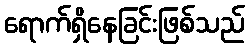
ရောက်ရှိနေခြင်းဖြစ်သည်